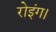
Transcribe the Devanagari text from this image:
रोइंग।